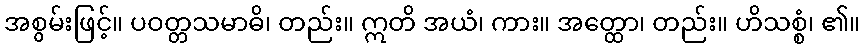
အစွမ်းဖြင့်။ ပဝတ္တသမာဓိ၊ တည်း။ ဣတိ အယံ၊ ကား။ အတ္ထော၊ တည်း။ ဟိသစ္စံ၊ ၏။